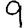
Digit: 9